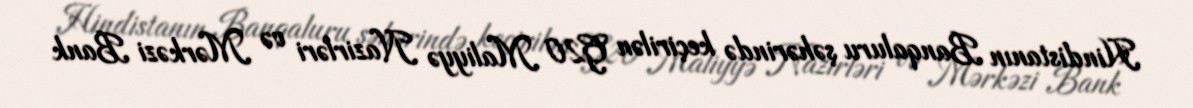
Hindistanın Banqaluru şəhərində keçirilən G20 Maliyyə Nazirləri və Mərkəzi Bank